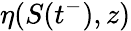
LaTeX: \eta(S(t^{-}),z)